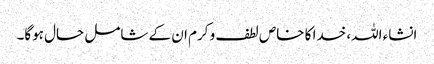
انشاء اللہ، خدا کا خاص لطف و کرم ان کے شامل حال ہوگا۔